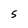
Character: S